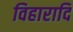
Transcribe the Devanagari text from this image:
विहारादि